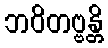
ဘဝိတဗ္ဗန္တိ